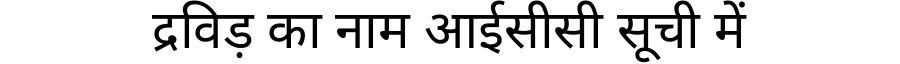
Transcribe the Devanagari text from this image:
द्रविड़ का नाम आईसीसी सूची में